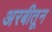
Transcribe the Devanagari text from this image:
अरबीतून